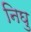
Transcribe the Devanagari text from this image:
निघु